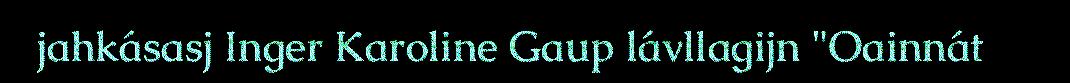
jahkásasj Inger Karoline Gaup lávllagijn "Oainnát